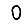
Digit: 0